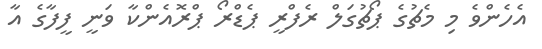
އެހެންވެ މި މެޗުގެ ޕޯޗުގަލް ރެފްރީ ޕެޑްރޯ ޕްރޮއެންކާ ވަނީ ފީފާގެ އާ